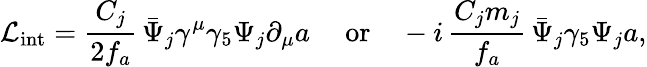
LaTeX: {\cal L}_{\mathrm{int}}=\frac{C_{j}}{2f_{a}}\, \bar{\Psi}_{j}\gamma^{\mu}\gamma_{5}\Psi_{j}\partial_{\mu}a\mathrm{\quad~or\quad}-i\, \frac{C_{j}m_{j}}{f_{a}}\, \bar{\Psi}_{j}\gamma_{5}\Psi_{j}a,